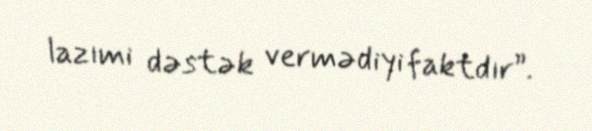
lazımi dəstək vermədiyi faktdır”.